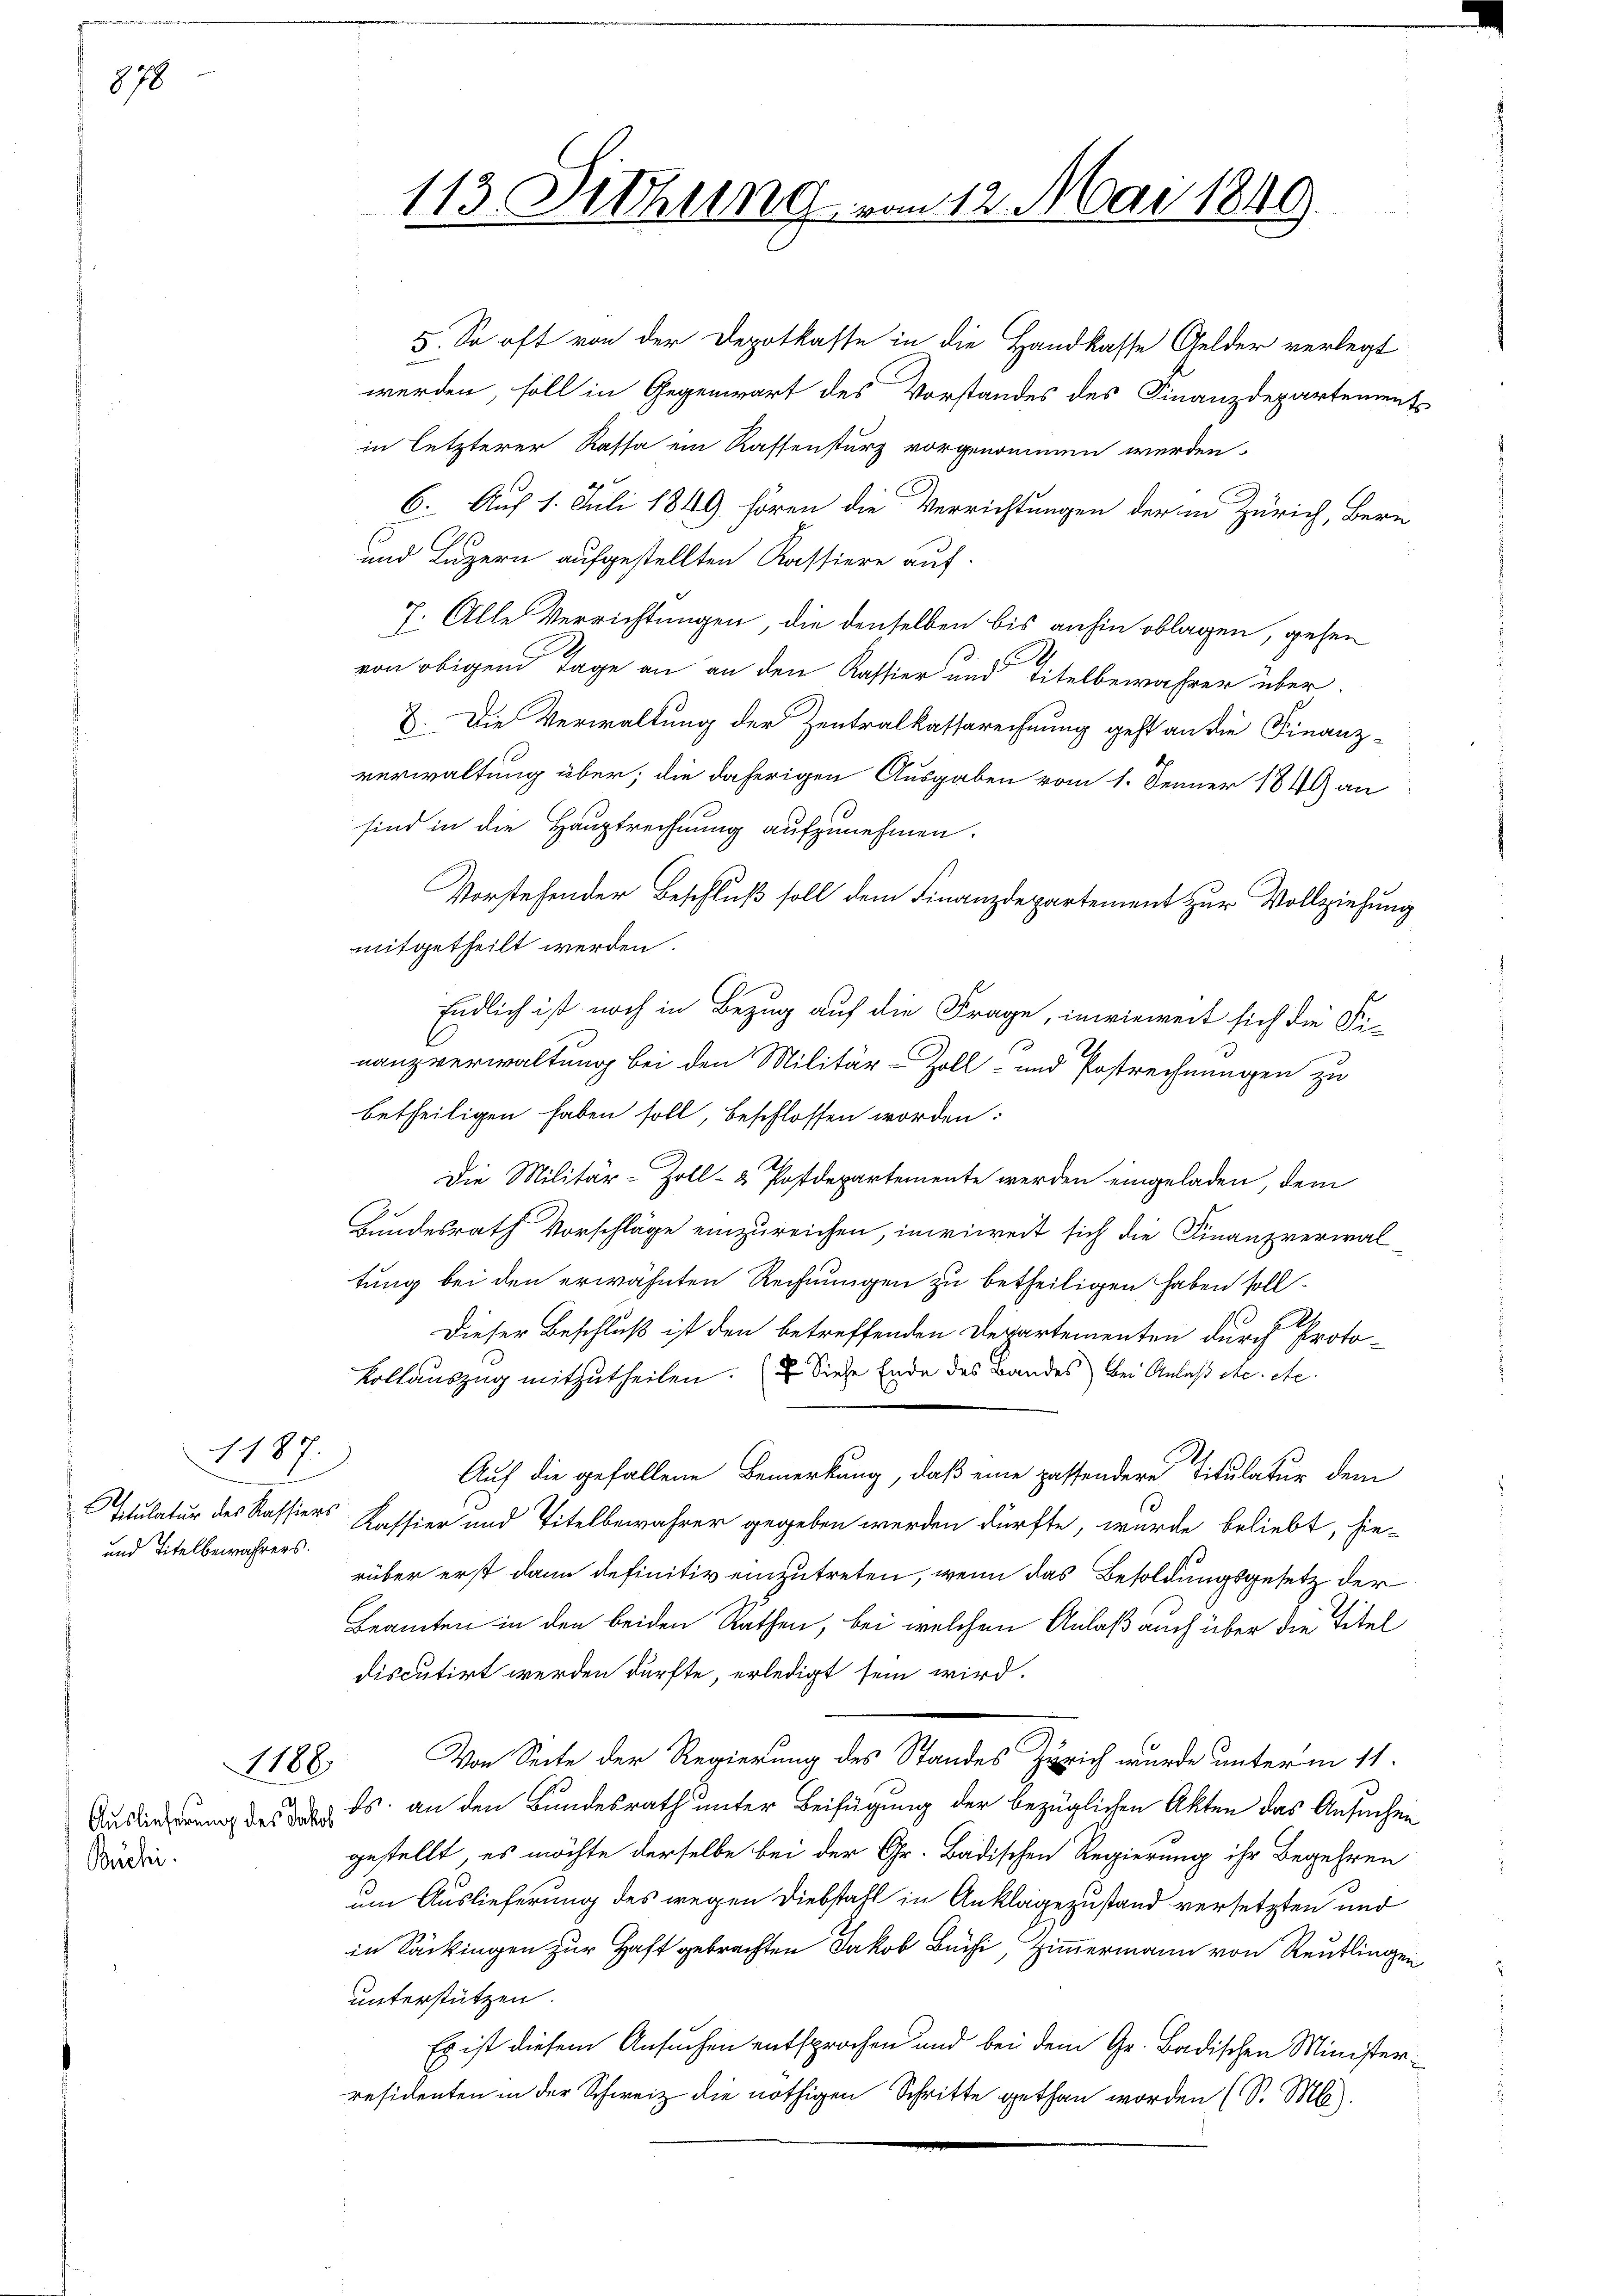
878

1187.
und Titelbewahrers.

5. So oft von der Depotkaste in die Handkasse Gelder verlegt
werden, soll in Gegenwart des Vorstandes des Finanzdepartements
in letzterer Kassa ein Kassensturz vorgenommen werden.
6. Auf 1. Juli 1849 hören die Verrichtungen der in Zürich, Bern
und Luzern aufgestellten Kassiere auf.
7. Alle Verrichtungen, die denselben bis anhin oblagen, gehen
von obigen Tage an an den Kassier und Titelbewahrer über
8. Die Verwaltung der Zentralkassarechnung geht an die Finanz-
verwaltung über; die daherigen Ausgaben vom 1. Jenner 1849 an
sind in die Hauptrechnung aufzunehmen.
Vorstehender Beschluß soll dem Finanzdepartement zur Vollziehung
mitgetheilt werden.
Endlich ist noch in Bezug auf die Frage, inwieweit sich die Fi-
nanzverwaltung bei den Militär-Zoll- und Postrechnungen zu
betheiligen haben soll, beschlossen worden:
Die Militär-Zoll- & Postdepartemente werden eingeladen, dem
Bundesrath Vorschläge einzureichen, imriweit sich die Finanzverwaltung bei den erwähnten Rechnungen zu betheiligen haben soll.
A
Dieser Beschluß ist den betreffenden Departementen durch Proto-
Kollauszug mitzutheilen. (Siehe Ende des Bandes bei Anlaß etc. etc.
Auf die gefallene Bemerkung, daß eine passendere Titulatur dem
Stulatur des Kassiers Kassier und Titelbewahrer gegeben werden dürfte, wurde beliebt, hie-
rüber erst dann definitiv einzutreten, wenn das Besoldungsgesetz der
Beamten in den beiden Räthen, bei welchen Anlaß auch über die Titel
discutirt werden dürfte, erledigt sein wird.
Von Seite der Regierung des Standes Zürich wurde unterm 11.
 s. an den Bundesrath unter Beifügung der bezüglichen Akten das Ansuchen
gestellt, es möchte derselbe bei der Gr. Badischen Regierung ihr Begehren
um Auslieferung des wegen Diebstahl in Anklagezustand versetzten und
in Säckingen zur Haft gebrachten Jakob Büchi, Zimmermann von Reutlingen
unterstützen.
Es ist diesem Ansuchen entsprochen und bei dem Gr. Badischen Ministerresidenten in der Schweiz die nöthigen Schritte gethan worden (S. M.

1188

Büchi

113. Sitzung vom 12. Mai 1849.